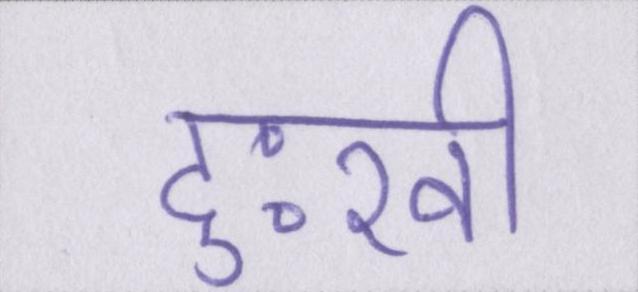
दुःखी